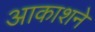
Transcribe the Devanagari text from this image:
आकाशने